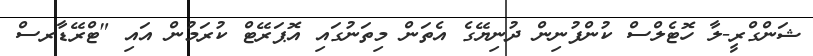
ޝަންގްރީ-ލާ ހޮޓެލްސް ކުންފުނިން ދުނިޔޭގެ އެތަން މިތަނުގައި އޮޕަރޭޓް ކުރަމުން އައި "ޓްރޭޑާރސް